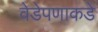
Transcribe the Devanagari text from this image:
वेडेपणाकडे